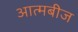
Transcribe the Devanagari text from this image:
आत्मबीज